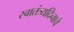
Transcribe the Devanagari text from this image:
स्वातंत्र्यदिनाचे